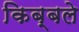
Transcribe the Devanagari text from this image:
किब्बले